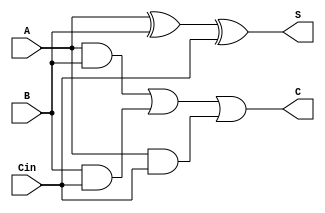
module fa  (
    input A,B,Cin, output S,C
);
assign S = A^B^Cin;
assign C = (A&B) |(B&Cin) |(A&Cin);
    
endmodule